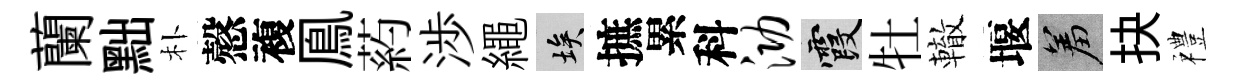
蘭黜朴慤複鳯葯渉繩埃摭累科泐霞牡轍堰羞抉禮